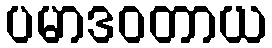
ပမာဒဝတာယ